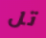
تل